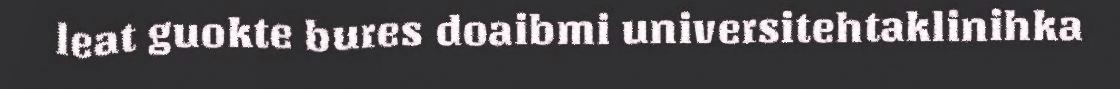
leat guokte bures doaibmi universitehtaklinihka